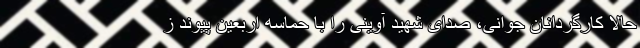
حالا کارگردانان جوانی، صدای شهید آوینی را با حماسه اربعین پیوند ز